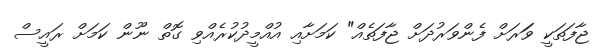
ޖާފަތަކީ ވަަރަށް ފެންވަރުދަށް ޖާފަތެއް" ކަމަށާއި އުއްމީދުކުރެއްވި ގޮތް ނޫން ކަމަށް ރައީސް